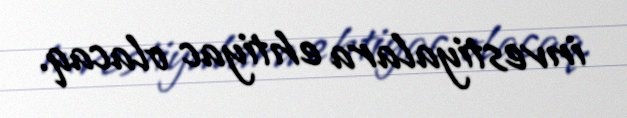
investiyalara ehtiyac olacaq.